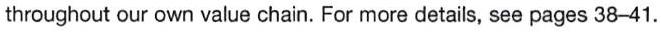
throughout our own value chain. For more details, see pages 38-41.